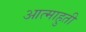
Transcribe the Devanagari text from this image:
आत्माहुती